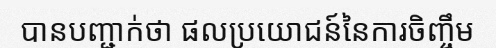
បានបញ្ជាក់ថា ផលប្រយោជន៍នៃការចិញ្ចឹម